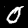
Digit: 0